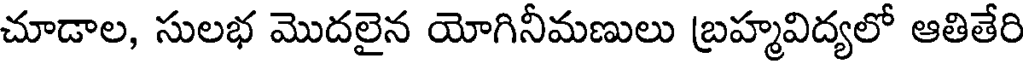
చూడాల, సులభ మొదలైన యోగినీమణులు బ్రహ్మవిద్యలో ఆతితేరి